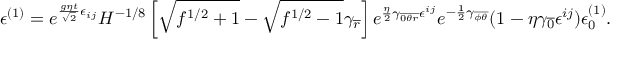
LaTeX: \epsilon ^ { ( 1 ) } = e ^ { { \frac { g \eta t } { \sqrt { 2 } } } \epsilon _ { i j } } { \cal H } ^ { - 1 / 8 } \left[ \sqrt { f ^ { 1 / 2 } + 1 } - \sqrt { f ^ { 1 / 2 } - 1 } \gamma _ { \overline { { { r } } } } \right] e ^ { { \frac { \eta } { 2 } } \gamma _ { \overline { { { 0 \theta r } } } } \epsilon ^ { i j } } e ^ { - { \frac { 1 } { 2 } } \gamma _ { \overline { { { \phi \theta } } } } } ( 1 - \eta \gamma _ { \overline { { { 0 } } } } \epsilon ^ { i j } ) \epsilon _ { 0 } ^ { ( 1 ) } .